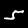
Digit: 5